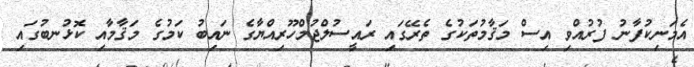
އެމަނިކުފާނު ފުރުއްވި އިސް މަޤާމުތަކުގެ ތެރޭގައި ރައީސުލްޖުމްހޫރިއްޔާގެ ނައިބު ކަމުގެ މަޤާމާއި ކޮޅުނބުގައި